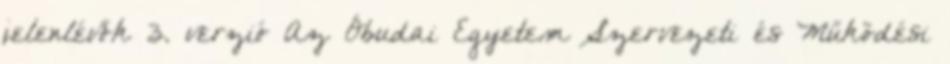
jelenlévők 3. verzió Az Óbudai Egyetem Szervezeti és Működési